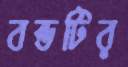
বন্ডটির